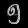
Digit: ၅